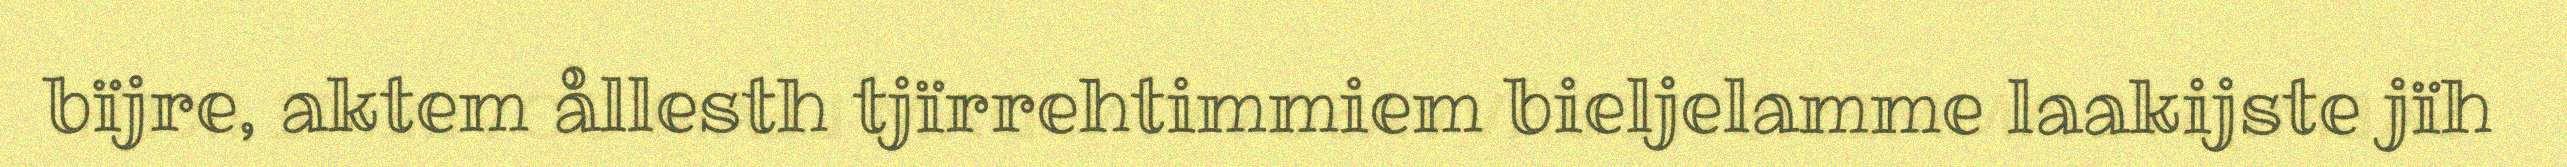
bïjre, aktem ållesth tjïrrehtimmiem bieljelamme laakijste jïh